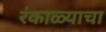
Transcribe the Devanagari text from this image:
रंकाळ्याचा